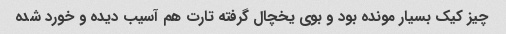
چیز کیک بسیار مونده بود و بوی یخچال گرفته تارت هم آسیب دیده و خورد شده